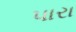
પારા